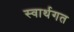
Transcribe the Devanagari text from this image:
स्वार्थगत